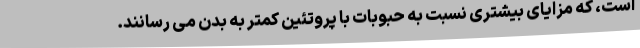
است، که مزایای بیشتری نسبت به حبوبات با پروتئین کمتر به بدن می رسانند.